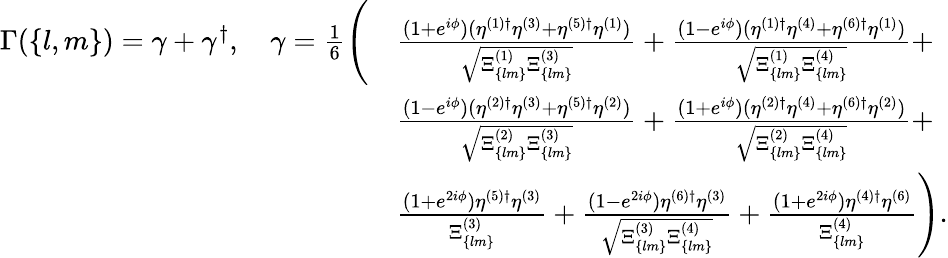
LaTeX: \begin{array}{rl}{\Gamma(\{ l,m\} )=\gamma+\gamma^{\dagger},\quad\gamma=\frac{1}{6}\Bigg(}&{\frac{(1+e^{i\phi})(\eta^{(1)\dagger}\eta^{(3)}+\eta^{(5)\dagger}\eta^{(1)})}{\sqrt{\Xi_{\{ lm\} }^{(1)}\Xi_{\{ lm\} }^{(3)}}}+\frac{(1-e^{i\phi})(\eta^{(1)\dagger}\eta^{(4)}+\eta^{(6)\dagger}\eta^{(1)})}{\sqrt{\Xi_{\{ lm\} }^{(1)}\Xi_{\{ lm\} }^{(4)}}}+}\\ &{\frac{(1-e^{i\phi})(\eta^{(2)\dagger}\eta^{(3)}+\eta^{(5)\dagger}\eta^{(2)})}{\sqrt{\Xi_{\{ lm\} }^{(2)}\Xi_{\{ lm\} }^{(3)}}}+\frac{(1+e^{i\phi})(\eta^{(2)\dagger}\eta^{(4)}+\eta^{(6)\dagger}\eta^{(2)})}{\sqrt{\Xi_{\{ lm\} }^{(2)}\Xi_{\{ lm\} }^{(4)}}}+}\\ &{\frac{(1+e^{2i\phi})\eta^{(5)\dagger}\eta^{(3)}}{\Xi_{\{ lm\} }^{(3)}}+\frac{(1-e^{2i\phi})\eta^{(6)\dagger}\eta^{(3)}}{\sqrt{\Xi_{\{ lm\} }^{(3)}\Xi_{\{ lm\} }^{(4)}}}+\frac{(1+e^{2i\phi})\eta^{(4)\dagger}\eta^{(6)}}{\Xi_{\{ lm\} }^{(4)}}\Bigg).}\end{array}